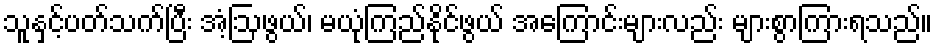
သူနှင့်ပတ်သက်ပြီး အံ့ဩဖွယ်၊ မယုံကြည်နိုင်ဖွယ် အကြောင်းများလည်း များစွာကြားရသည်။